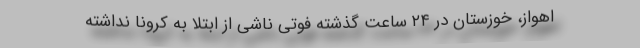
اهواز، خوزستان در ۲۴ ساعت گذشته فوتی ناشی از ابتلا به کرونا نداشته